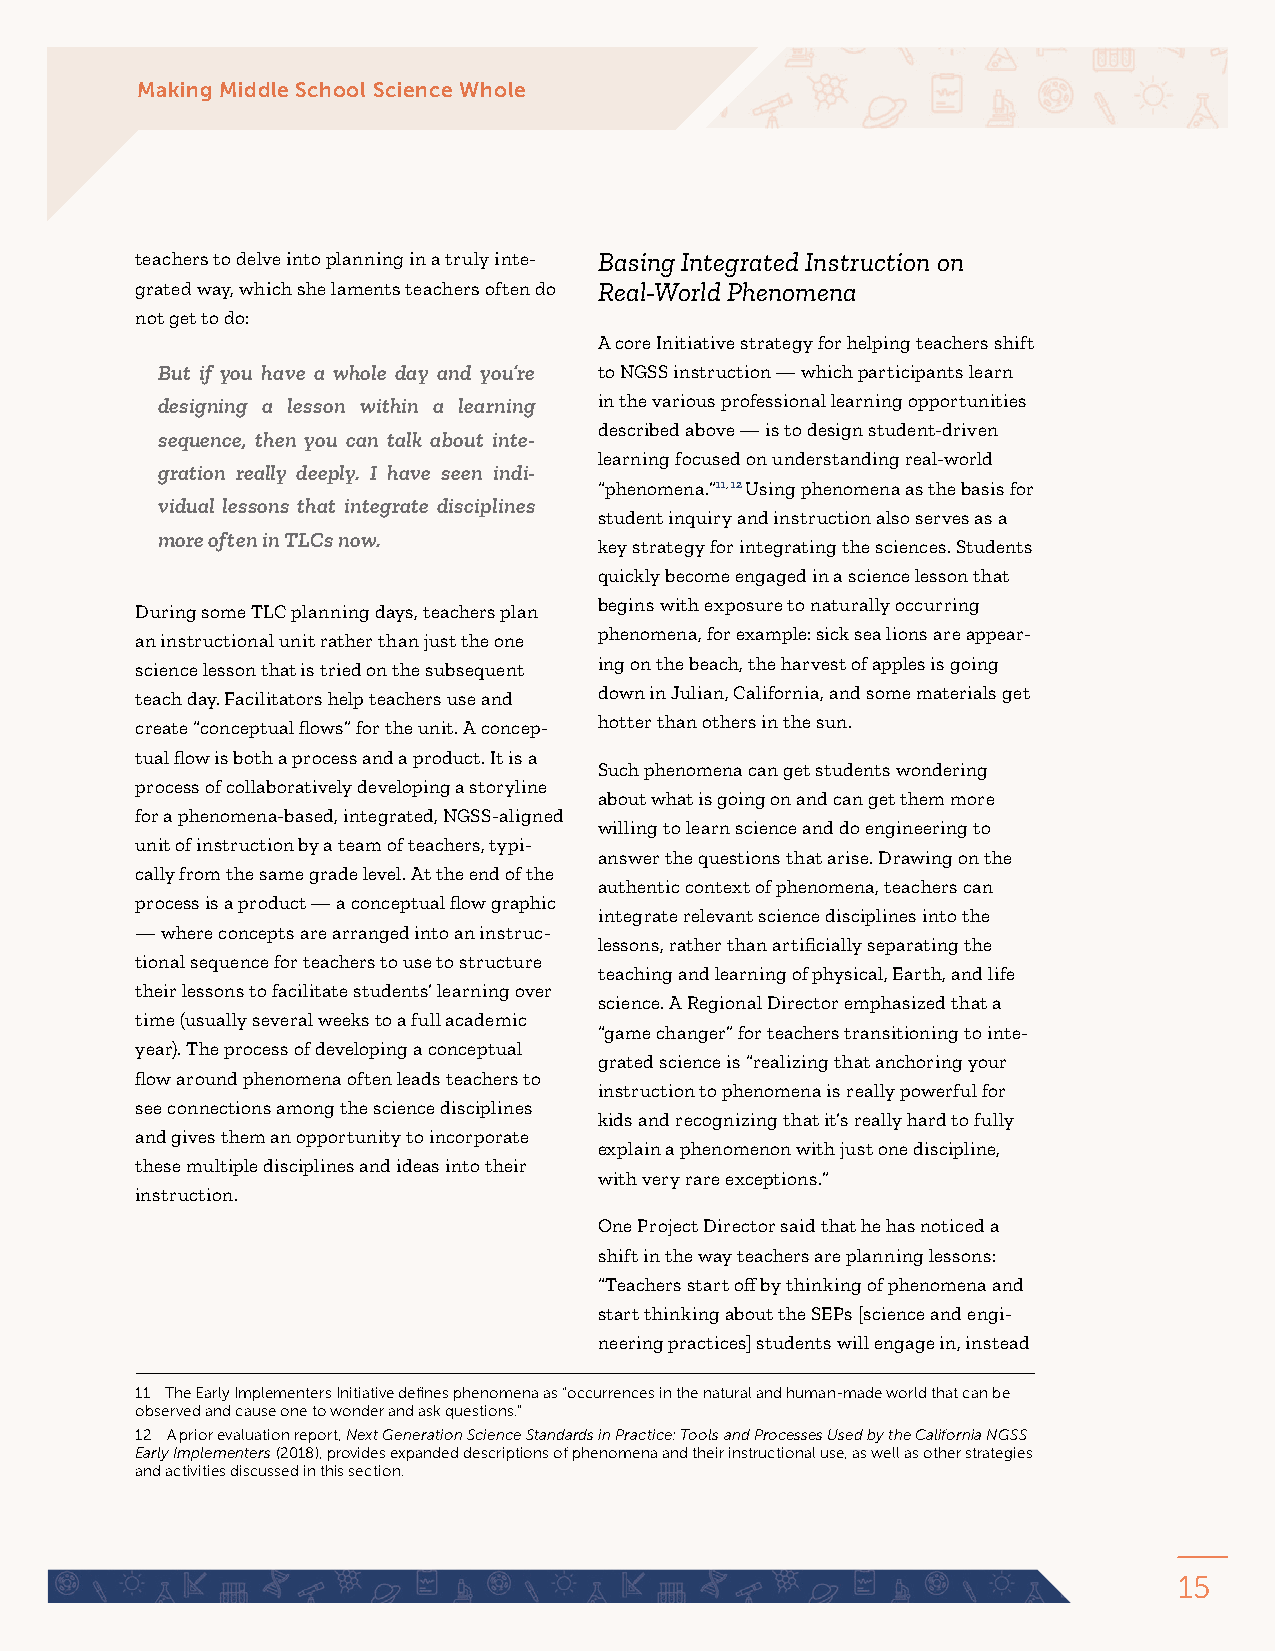
Making Middle School Science Whole
 teachers to delve into planning in a truly inte- Basing Integrated Instruction on
 grated way, which she laments teachers often do Real‑World Phenomena
 not get to do:
 A core Initiative strategy for helping teachers shift
 But if you have a whole day and you’re to NGSS instruction — which participants learn
 designing a lesson within a learning in the various professional learning opportunities
 described above — is to design student-driven
 sequence, then you can talk about inte-
 learning focused on understanding real-world
 gration really deeply. I have seen indi-
 “phenomena.”11, 12 Using phenomena as the basis for
 vidual lessons that integrate disciplines
 student inquiry and instruction also serves as a
 more often in TLCs now.
 key strategy for integrating the sciences. Students
 quickly become engaged in a science lesson that
 begins with exposure to naturally occurring
 During some TLC planning days, teachers plan
 phenomena, for example: sick sea lions are appear-
 an instructional unit rather than just the one
 ing on the beach, the harvest of apples is going
 science lesson that is tried on the subsequent
 down in Julian, California, and some materials get
 teach day. Facilitators help teachers use and
 hotter than others in the sun.
 create “conceptual flows” for the unit. A concep-
 tual flow is both a process and a product. It is a
 Such phenomena can get students wondering
 process of collaboratively developing a storyline
 about what is going on and can get them more
 for a phenomena-based, integrated, NGSS-aligned
 willing to learn science and do engineering to
 unit of instruction by a team of teachers, typi-
 answer the questions that arise. Drawing on the
 cally from the same grade level. At the end of the
 authentic context of phenomena, teachers can
 process is a product — a conceptual flow graphic
 integrate relevant science disciplines into the
 — where concepts are arranged into an instruc-
 lessons, rather than artificially separating the
 tional sequence for teachers to use to structure
 teaching and learning of physical, Earth, and life
 their lessons to facilitate students’ learning over
 science. A Regional Director emphasized that a
 time (usually several weeks to a full academic
 “game changer” for teachers transitioning to inte-
 year). The process of developing a conceptual
 grated science is “realizing that anchoring your
 flow around phenomena often leads teachers to
 instruction to phenomena is really powerful for
 see connections among the science disciplines
 kids and recognizing that it’s really hard to fully
 and gives them an opportunity to incorporate
 explain a phenomenon with just one discipline,
 these multiple disciplines and ideas into their
 with very rare exceptions.”
 instruction.
 One Project Director said that he has noticed a
 shift in the way teachers are planning lessons:
 “Teachers start off by thinking of phenomena and
 start thinking about the SEPs [science and engi-
 neering practices] students will engage in, instead
 11 The Early Implementers Initiative defines phenomena as “occurrences in the natural and human-made world that can be
 observed and cause one to wonder and ask questions.”
 12 A prior evaluation report, Next Generation Science Standards in Practice: Tools and Processes Used by the California NGSS
 Early Implementers (2018), provides expanded descriptions of phenomena and their instructional use, as well as other strategies
 and activities discussed in this section.
 15